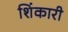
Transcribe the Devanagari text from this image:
शिंकारी